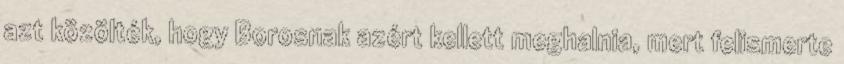
azt közölték, hogy Borosnak azért kellett meghalnia, mert felismerte